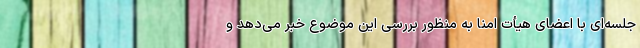
جلسه‌ای با اعضای هیأت امنا به منظور بررسی این موضوع خبر می‌دهد و